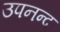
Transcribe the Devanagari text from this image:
उपनन्द